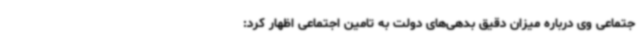
جتماعی وی درباره میزان دقیق بدهی‌های دولت به تامین اجتماعی اظهار کرد: